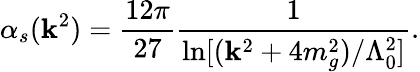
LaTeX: \alpha_{s}(\mathbf{k}^{2})=\frac{{12\pi}}{{27}}\frac{{1}}{{\ln[(\mathbf{k}^{2}+4m_{g}^{2})/\Lambda_{0}^{2}]}}.